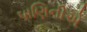
પાણિનીએ